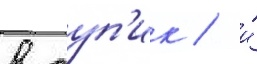
в туп'ик / и́